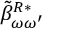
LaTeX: \: \tilde { \beta } _ { \omega \omega ^ { \prime } } ^ { R * } \: